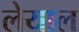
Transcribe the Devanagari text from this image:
लेयाल